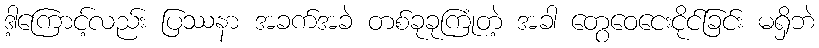
ဒါ့ကြောင့်လည်း ပြဿနာ အခက်အခဲ တစ်ခုခုကြုံတဲ့ အခါ တွေဝေငေးငိုင်ခြင်း မရှိဘဲ